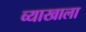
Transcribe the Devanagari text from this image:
व्‍याखाला